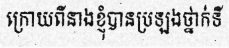
ក្រោយពីនាងខ្ញុំបានប្រឡងថ្នាក់ទី